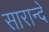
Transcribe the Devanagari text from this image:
सारान्दे